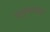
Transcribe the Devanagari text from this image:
यवूलाऊच